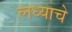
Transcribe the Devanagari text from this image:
लध्याचे